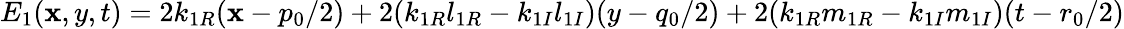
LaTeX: E_{1}(\mathbf{x},y,t)=2k_{1R}(\mathbf{x}-{p_{0}}/{2})+2(k_{1R}l_{1R}-k_{1I}l_{1I})(y-{q_{0}}/{2})+2(k_{1R}m_{1R}-k_{1I}m_{1I})(t-{r_{0}}/{2})